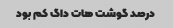
درصد گوشت هات داگ کم بود